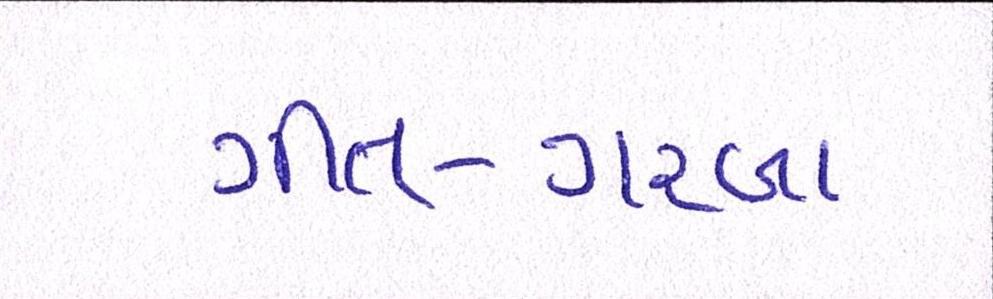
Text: ગીત-ગરબા